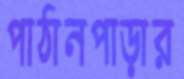
পাঠানপাড়ার